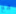
مع